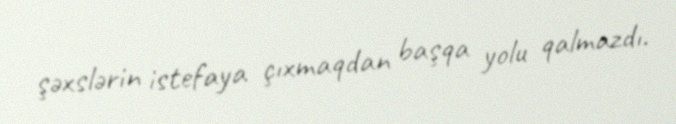
şəxslərin istefaya çıxmaqdan başqa yolu qalmazdı.